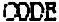
CODE